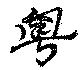
粤